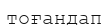
тоғандап